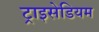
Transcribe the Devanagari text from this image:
ट्राइसेडियम